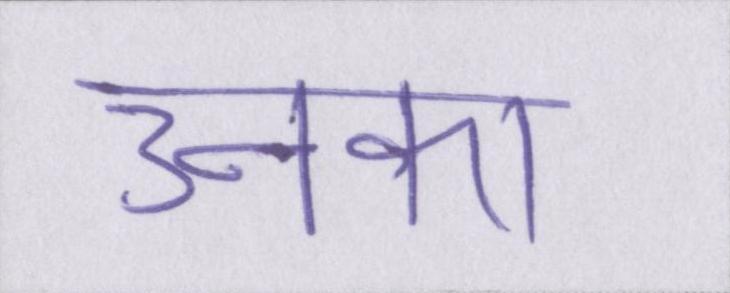
उनका